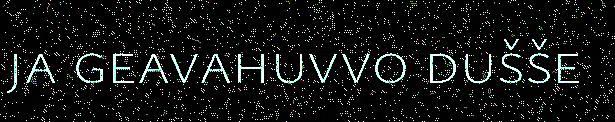
ja geavahuvvo dušše